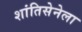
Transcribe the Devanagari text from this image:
शांतिसेनेला